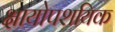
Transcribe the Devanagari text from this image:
क्षायोपशयिक